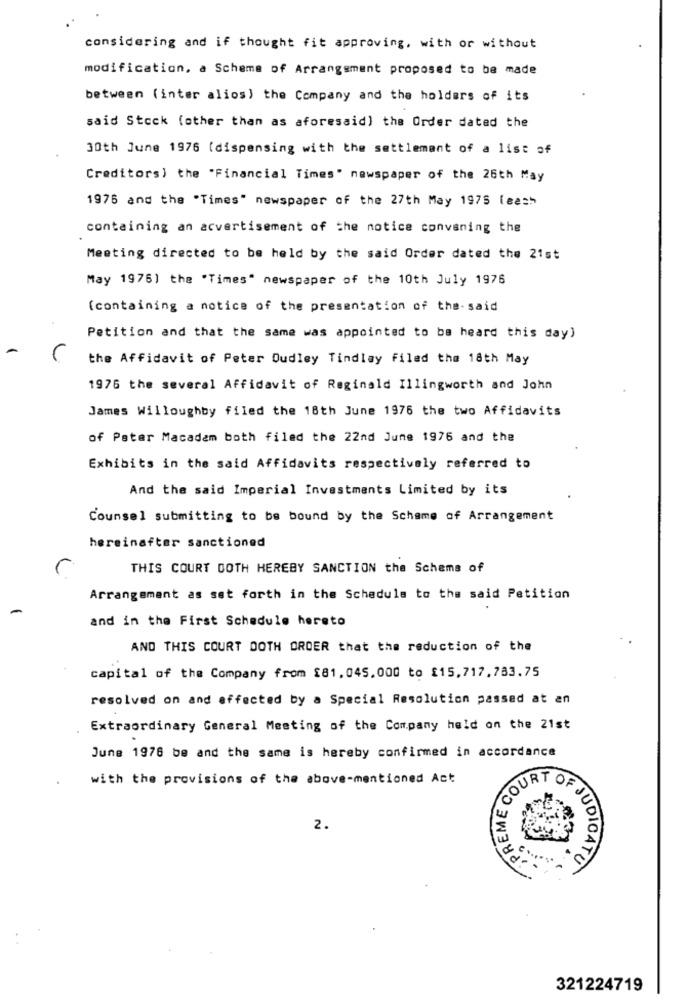
considering and if thought fit approving, with or without
modification, a Scheme of Arrangement proposed to be made
between (inter alios) the Company and the holders of its
said Stock (other than as aforesaid) the Order dated the
30th June 1976 (dispensing with the settlement of a list of
Creditors) the "Financial Times" newspaper of the 26th May
1976 and the "Times" newspaper of the 27th May 1975 lees5
containing an acvertisement of the notice convening the
Meeting directed to be held by the said Order dated the 21st
May 19761 the "Times" newspaper of the 10th July 1976
(containing a notice of the presentation of the- said
Petition and that the same was appointed to be heard this day)
the Affidavit of Peter Dudley Tindlay Filed the 18th May
1976 the several Affidavit of Reginald Illingworth and John
James Willoughby filed the 18th June 1976 the two Affidavits
of Pater Macadam both filed the 22nd June 1976 and the
Exhibits in the said Affidavits respectively referred to
And the said Imperial Investments Limited by its
Counsel submitting to be bound by the Scheme of Arrangement
hereinafter sanctioned
THIS COURT OOTH HEREBY SANCTION the Scheme of
Arrangement as set forth in the Schedule to the said Petition
and in the First Schedule hereto
AND THIS COURT DOTH ORDER that the reduction of the
capital of the Company from £81,045.000 to £15,717,783.75
resolved on and affected by a Special Resolution passed at an
Extraordinary General Meeting of the Company held on the 21st
June 1976 be and the same is hereby confirmed in accordance
PREME COU
with the provisions of the above-mentioned Act
SURT
2.
PA
JDIGATUN
321224719